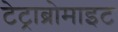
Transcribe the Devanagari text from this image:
टेट्राब्रोमाइट